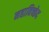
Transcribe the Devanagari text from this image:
महाविच्छेद